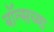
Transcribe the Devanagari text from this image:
बॉल्सच्या